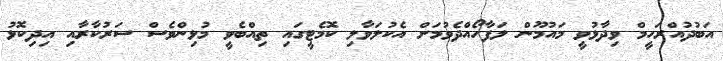
އަބުދުއްރަހީމް ވިދާޅުވީ މައުމޫން ލަފާހޯއްދެވުމަށް އެކުލަވާލި ކޮމެޓީގައި ތިއްބެވީ މުޅިންވެސް ސަރުކާރާއި އިދިކޮޅު